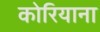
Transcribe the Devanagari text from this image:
कोरियाना